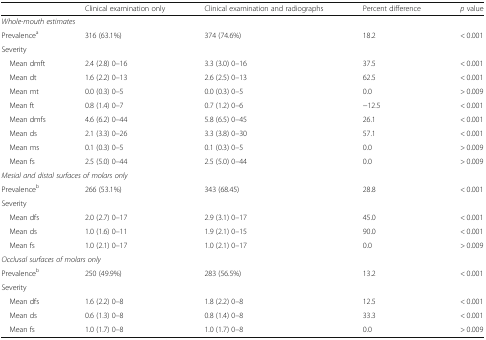
|  | Clinical examination only | Clinical examination and radiographs | Percent difference | p value |
 | --- | --- | --- | --- | --- |
 | <COLSPAN=5> Whole-mouth estimates |
 | Prevalencea | 316 (63.1%) | 374 (74.6%) | 18.2 | < 0.001 |
 | <COLSPAN=5> Severity |
 | Mean dmft | 2.4 (2.8) 0–16 | 3.3 (3.0) 0–16 | 37.5 | < 0.001 |
 | Mean dt | 1.6 (2.2) 0–13 | 2.6 (2.5) 0–13 | 62.5 | < 0.001 |
 | Mean mt | 0.0 (0.3) 0–5 | 0.0 (0.3) 0–5 | 0.0 | > 0.009 |
 | Mean ft | 0.8 (1.4) 0–7 | 0.7 (1.2) 0–6 | −12.5 | < 0.001 |
 | Mean dmfs | 4.6 (6.2) 0–44 | 5.8 (6.5) 0–45 | 26.1 | < 0.001 |
 | Mean ds | 2.1 (3.3) 0–26 | 3.3 (3.8) 0–30 | 57.1 | < 0.001 |
 | Mean ms | 0.1 (0.3) 0–5 | 0.1 (0.3) 0–5 | 0.0 | > 0.009 |
 | Mean fs | 2.5 (5.0) 0–44 | 2.5 (5.0) 0–44 | 0.0 | > 0.009 |
 | <COLSPAN=5> Mesial and distal surfaces of molars only |
 | Prevalenceb | 266 (53.1%) | 343 (68.45) | 28.8 | < 0.001 |
 | <COLSPAN=5> Severity |
 | Mean dfs | 2.0 (2.7) 0–17 | 2.9 (3.1) 0–17 | 45.0 | < 0.001 |
 | Mean ds | 1.0 (1.6) 0–11 | 1.9 (2.1) 0–15 | 90.0 | < 0.001 |
 | Mean fs | 1.0 (2.1) 0–17 | 1.0 (2.1) 0–17 | 0.0 | > 0.009 |
 | <COLSPAN=5> Occlusal surfaces of molars only |
 | Prevalenceb | 250 (49.9%) | 283 (56.5%) | 13.2 | < 0.001 |
 | <COLSPAN=5> Severity |
 | Mean dfs | 1.6 (2.2) 0–8 | 1.8 (2.2) 0–8 | 12.5 | < 0.001 |
 | Mean ds | 0.6 (1.3) 0–8 | 0.8 (1.4) 0–8 | 33.3 | < 0.001 |
 | Mean fs | 1.0 (1.7) 0–8 | 1.0 (1.7) 0–8 | 0.0 | > 0.009 |